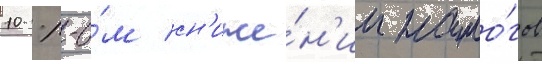
10 %-о́м сн'иже́н'ии нало́гов